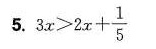
5.3x>2x+ \frac{1}{5}